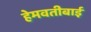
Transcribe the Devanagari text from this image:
हेमवतीबाई